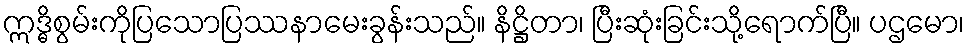
ဣဒ္ဓိစွမ်းကိုပြသောပြဿနာမေးခွန်းသည်။ နိဋ္ဌိတာ၊ ပြီးဆုံးခြင်းသို့ရောက်ပြီ။ ပဌမော၊